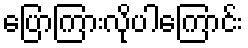
ပြောကြားလိုပါကြောင်း